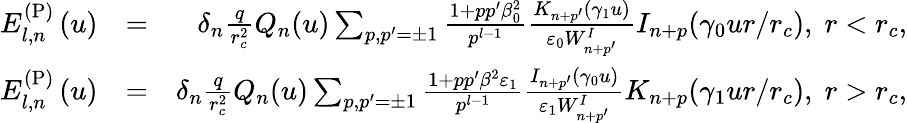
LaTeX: \begin{array}{rlr}{E_{l,n}^{\mathrm{(P)}}\left(u\right)}&{=}&{\delta_{n}\frac{q}{r_{c}^{2}}Q_{n}(u)\sum_{p,p^{\prime}=\pm 1}\frac{1+pp^{\prime}\beta_{0}^{2}}{p^{l-1}}\frac{K_{n+p^{\prime}}(\gamma_{1}u)}{\varepsilon_{0}W_{n+p^{\prime}}^{I}}I_{n+p}(\gamma_{0}ur/r_{c}),\; r<r_{c},}\\ {E_{l,n}^{\mathrm{(P)}}\left(u\right)}&{=}&{\delta_{n}\frac{q}{r_{c}^{2}}Q_{n}(u)\sum_{p,p^{\prime}=\pm 1}\frac{1+pp^{\prime}\beta^{2}\varepsilon_{1}}{p^{l-1}}\frac{I_{n+p^{\prime}}(\gamma_{0}u)}{\varepsilon_{1}W_{n+p^{\prime}}^{I}}K_{n+p}(\gamma_{1}ur/r_{c}),\; r>r_{c},}\end{array}